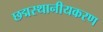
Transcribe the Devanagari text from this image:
छद्मस्थानीयकरण